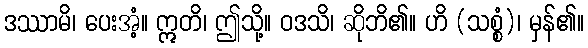
ဒဿာမိ၊ ပေးအံ့။ ဣတိ၊ ဤသို့။ ဝဒသိ၊ ဆိုဘိ၏။ ဟိ (သစ္စံ)၊ မှန်၏။